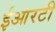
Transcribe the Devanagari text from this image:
ईआरटी